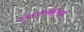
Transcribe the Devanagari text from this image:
दत्तजन्मोत्सव